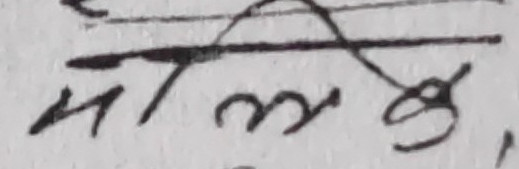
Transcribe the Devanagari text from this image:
पल्लो